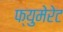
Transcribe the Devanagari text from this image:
फ्युमेरेट